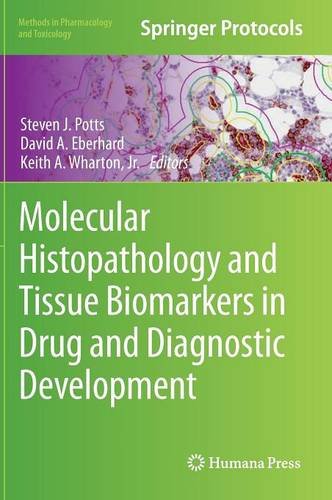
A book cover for Molecular Histopathology and Tissue Biomarkers in Drug and Diagnostic Development (Methods in Pharmacology and Toxicology); Medical Books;